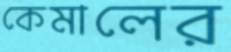
কেমালের